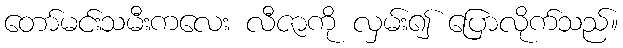
တော်မင်းသမီးကလေး လီဇာကို လှမ်း၍ ပြောလိုက်သည်။